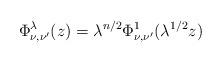
LaTeX: \begin{align*}\Phi_{\nu,\nu'}^\lambda(z) = \lambda^{n/2} \Phi^1_{\nu,\nu'}(\lambda^{1/2}z)\end{align*}